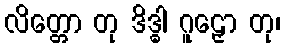
လိတ္တော တု ဒိဒ္ဓါ ဂူဠှော တု၊